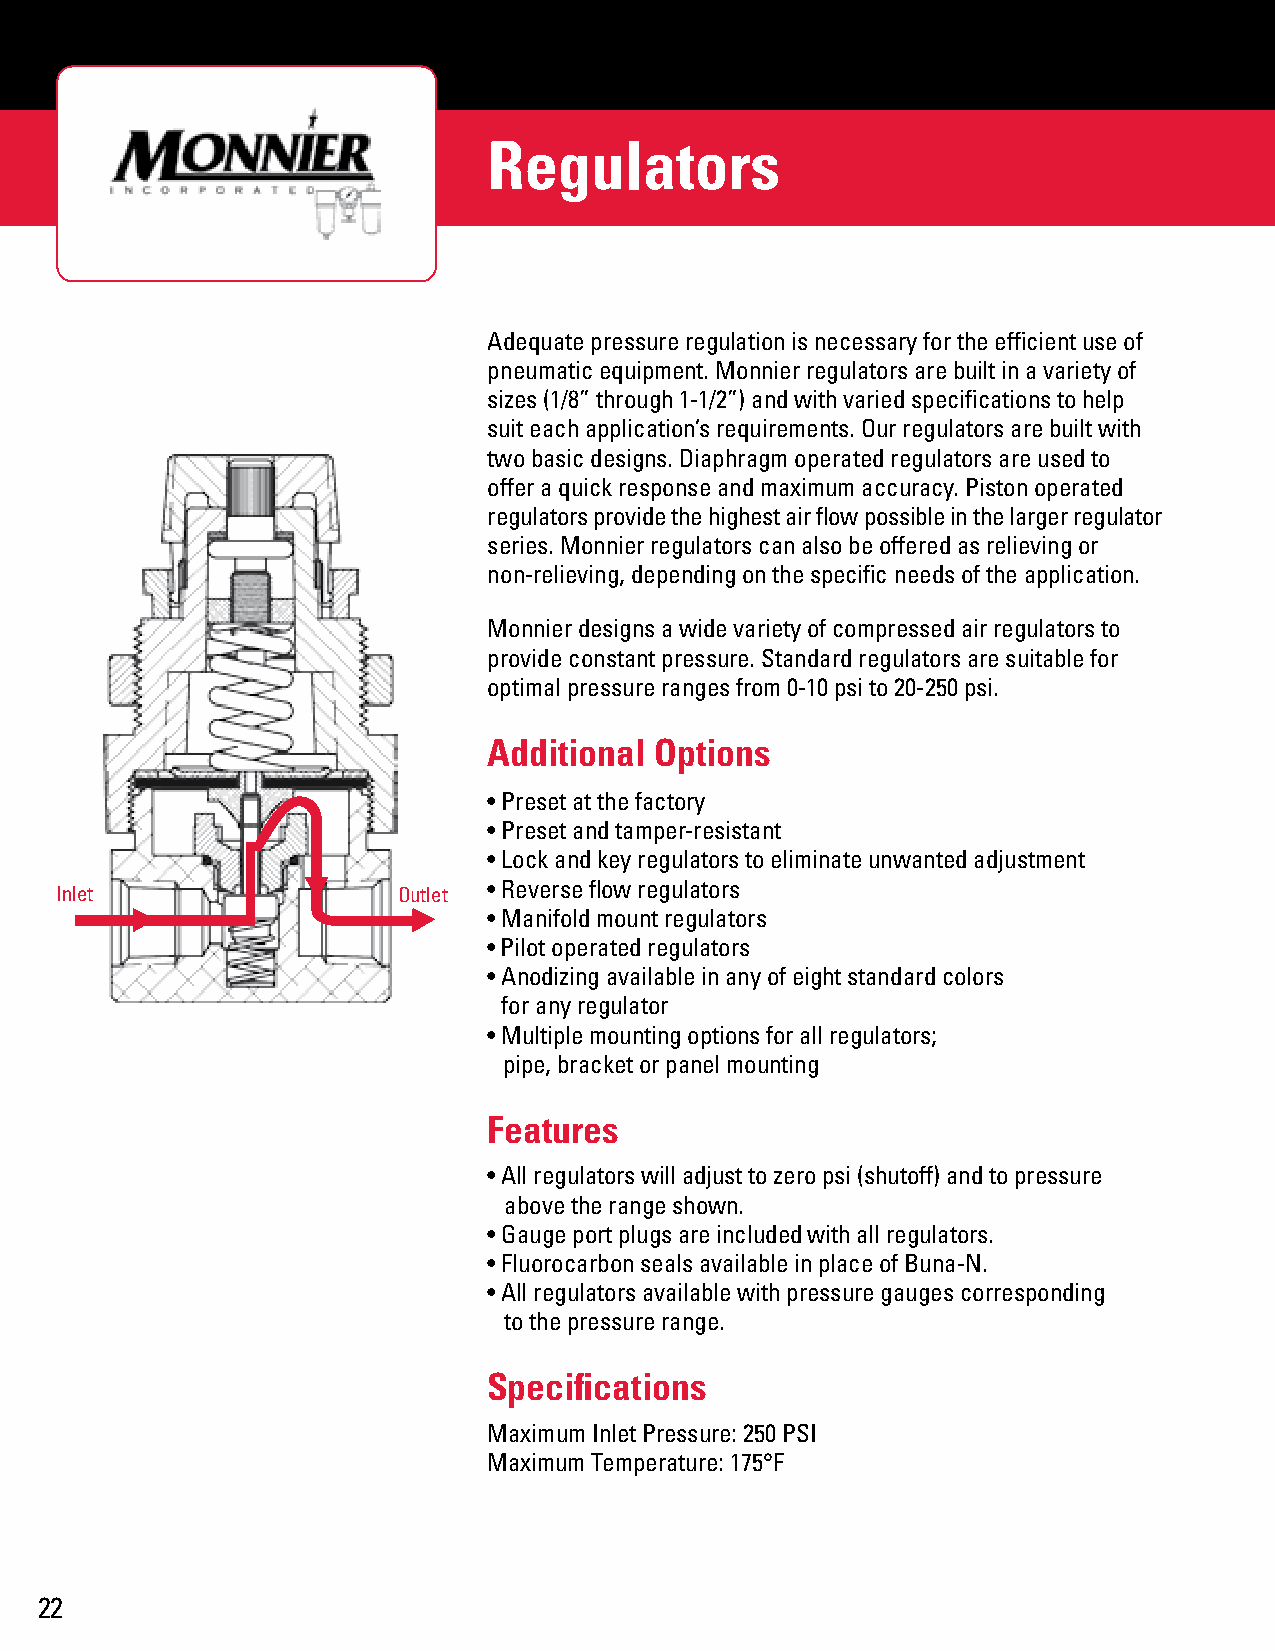
Regulators
 Adequate pressure regulation is necessary for the efficient use of
 pneumatic equipment. Monnier regulators are built in a variety of
 sizes (1/8” through 1-1/2”) and with varied specifications to help
 suit each application’s requirements. Our regulators are built with
 two basic designs. Diaphragm operated regulators are used to
 offer a quick response and maximum accuracy. Piston operated
 regulators provide the highest air flow possible in the larger regulator
 series. Monnier regulators can also be offered as relieving or
 non-relieving, depending on the specific needs of the application.
 Monnier designs a wide variety of compressed air regulators to
 provide constant pressure. Standard regulators are suitable for
 optimal pressure ranges from 0-10 psi to 20-250 psi.
 Additional Options
 • Preset at the factory
 • Preset and tamper-resistant
 • Lock and key regulators to eliminate unwanted adjustment
 • Reverse flow regulators
 Inlet                 Outlet
 • Manifold mount regulators
 • Pilot operated regulators
 • Anodizing available in any of eight standard colors
 for any regulator
 • Multiple mounting options for all regulators;
 pipe, bracket or panel mounting
 Features
 • All regulators will adjust to zero psi (shutoff) and to pressure
 above the range shown.
 • Gauge port plugs are included with all regulators.
 • Fluorocarbon seals available in place of Buna-N.
 • All regulators available with pressure gauges corresponding
 to the pressure range. 
 Specifications
 Maximum Inlet Pressure: 250 PSI
 Maximum Temperature: 175°F
 22